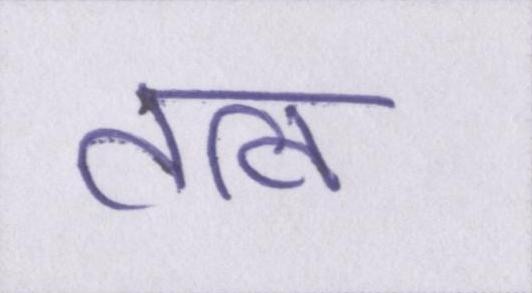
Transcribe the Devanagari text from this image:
तत्व